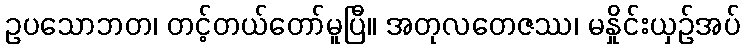
ဥပသောဘတ၊ တင့်တယ်တော်မူပြီ။ အတုလတေဇဿ၊ မနှိုင်းယှဉ်အပ်